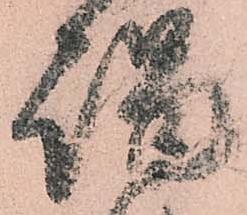
謁